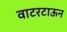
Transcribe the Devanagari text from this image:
वाटरटाऊन